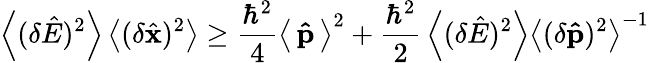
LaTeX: \left\langle(\delta{\hat{E}})^{2}\right\rangle\left\langle(\delta{\hat{\mathbf{x}}})^{2}\right\rangle\geq{\frac{\hbar^{2}}{4}}\left\langle\, \mathbf{\hat{p}}\, \right\rangle^{2}+{\frac{\hbar^{2}}{2}}\left\langle(\delta{\hat{E}})^{2}\right\rangle\left\langle(\delta\mathbf{\hat{p}})^{2}\right\rangle^{-1}